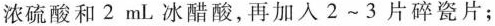
浓硫酸和2mL冰醋酸，再加入2~3片碎瓷片；